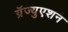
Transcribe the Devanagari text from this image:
ग्रॅज्युएशन